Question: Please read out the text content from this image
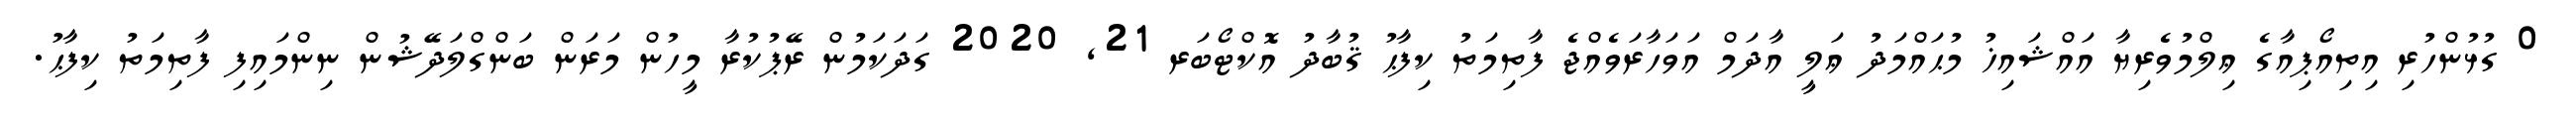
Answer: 0 ގުޅުންހުރި އިތިއޯޕިއާގެ ޢިލްމުވެރިޔާ އައްޝައިޚު މުޙައްމަދު ޢަލީ އާދަމް އަވަހާރަވެއްޖެ ފާތިމަތު ކިފާޙު ޤުބާދު އޮކްޓޯބަރ 21, 2020 ގަދަކަމުން ރޭޕުކުރާ މީހުން މަރަން ބަންގްލަދޭޝުން ނިންމައިފި ފާތިމަތު ކިފާޙު.